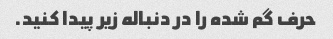
حرف گم شده را در دنباله زیر پیدا کنید.